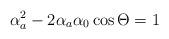
LaTeX: \begin{align*}\alpha^{2}_{a}-2\alpha_{a}\alpha_{0}\cos\Theta=1\end{align*}